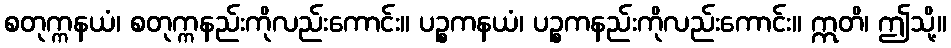
စတုက္ကနယံ၊ စတုက္ကနည်းကိုလည်းကောင်း။ ပဉ္စကနယံ၊ ပဉ္စကနည်းကိုလည်းကောင်း။ ဣတိ၊ ဤသို့။